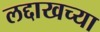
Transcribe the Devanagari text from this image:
लद्दाखच्या